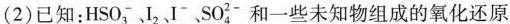
(2)已知：HSO_{3}^{-}、I^{2}、I^{-}、 SO_{4}^{2-}和一些未知物组成的氧化还原